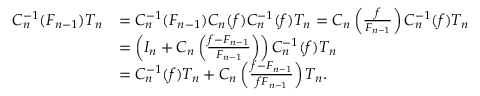
\begin{array} { r l } { C _ { n } ^ { - 1 } ( F _ { n - 1 } ) T _ { n } } & { = C _ { n } ^ { - 1 } ( F _ { n - 1 } ) C _ { n } ( f ) C _ { n } ^ { - 1 } ( f ) T _ { n } = C _ { n } \left( \frac { f } { F _ { n - 1 } } \right) C _ { n } ^ { - 1 } ( f ) T _ { n } } \\ & { = \left( I _ { n } + C _ { n } \left( \frac { f - F _ { n - 1 } } { F _ { n - 1 } } \right) \right) C _ { n } ^ { - 1 } ( f ) T _ { n } } \\ & { = C _ { n } ^ { - 1 } ( f ) T _ { n } + C _ { n } \left( \frac { f - F _ { n - 1 } } { f F _ { n - 1 } } \right) T _ { n } . } \end{array}